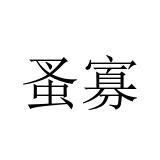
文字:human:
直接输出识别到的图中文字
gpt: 蚤寡